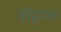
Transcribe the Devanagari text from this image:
कोट्टारक्कार